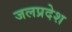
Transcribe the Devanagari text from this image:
जलप्रदेश